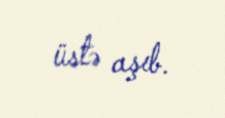
üstə aşıb.